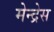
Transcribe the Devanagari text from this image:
मेन्द्रेस